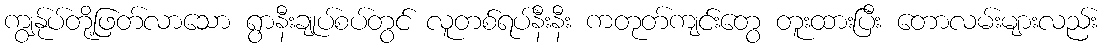
ကျွန်ုပ်တို့ဖြတ်လာသော ရွာနီးချုပ်စပ်တွင် လူတစ်ရပ်နီးနီး ကတုတ်ကျင်းတွေ တူးထားပြီး တောလမ်းများလည်း